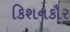
કિશનકૌર